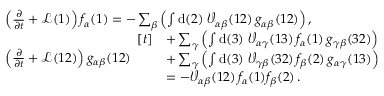
\begin{array} { r l } & { \left( \frac { \partial } { \partial t } + \mathcal { L } ( 1 ) \right) f _ { \alpha } ( 1 ) = - \sum _ { \beta } \left( \int \mathrm { d } ( 2 ) \; \mathcal { V } _ { \alpha \beta } ( 1 2 ) \, g _ { \alpha \beta } ( 1 2 ) \right) , } \\ & { \left( \frac { \partial } { \partial t } + \mathcal { L } ( 1 2 ) \right) g _ { \alpha \beta } ( 1 2 ) \begin{array} { r l } { [ t ] } & { + \sum _ { \gamma } \left( \int \mathrm { d } ( 3 ) \; \mathcal { V } _ { \alpha \gamma } ( 1 3 ) \, f _ { \alpha } ( 1 ) \, g _ { \gamma \beta } ( 3 2 ) \right) } \\ & { + \sum _ { \gamma } \left( \int \mathrm { d } ( 3 ) \; \mathcal { V } _ { \gamma \beta } ( 3 2 ) \, f _ { \beta } ( 2 ) \, g _ { \alpha \gamma } ( 1 3 ) \right) } \\ & { = - \mathcal { V } _ { \alpha \beta } ( 1 2 ) \, f _ { \alpha } ( 1 ) f _ { \beta } ( 2 ) \, . } \end{array} } \end{array}